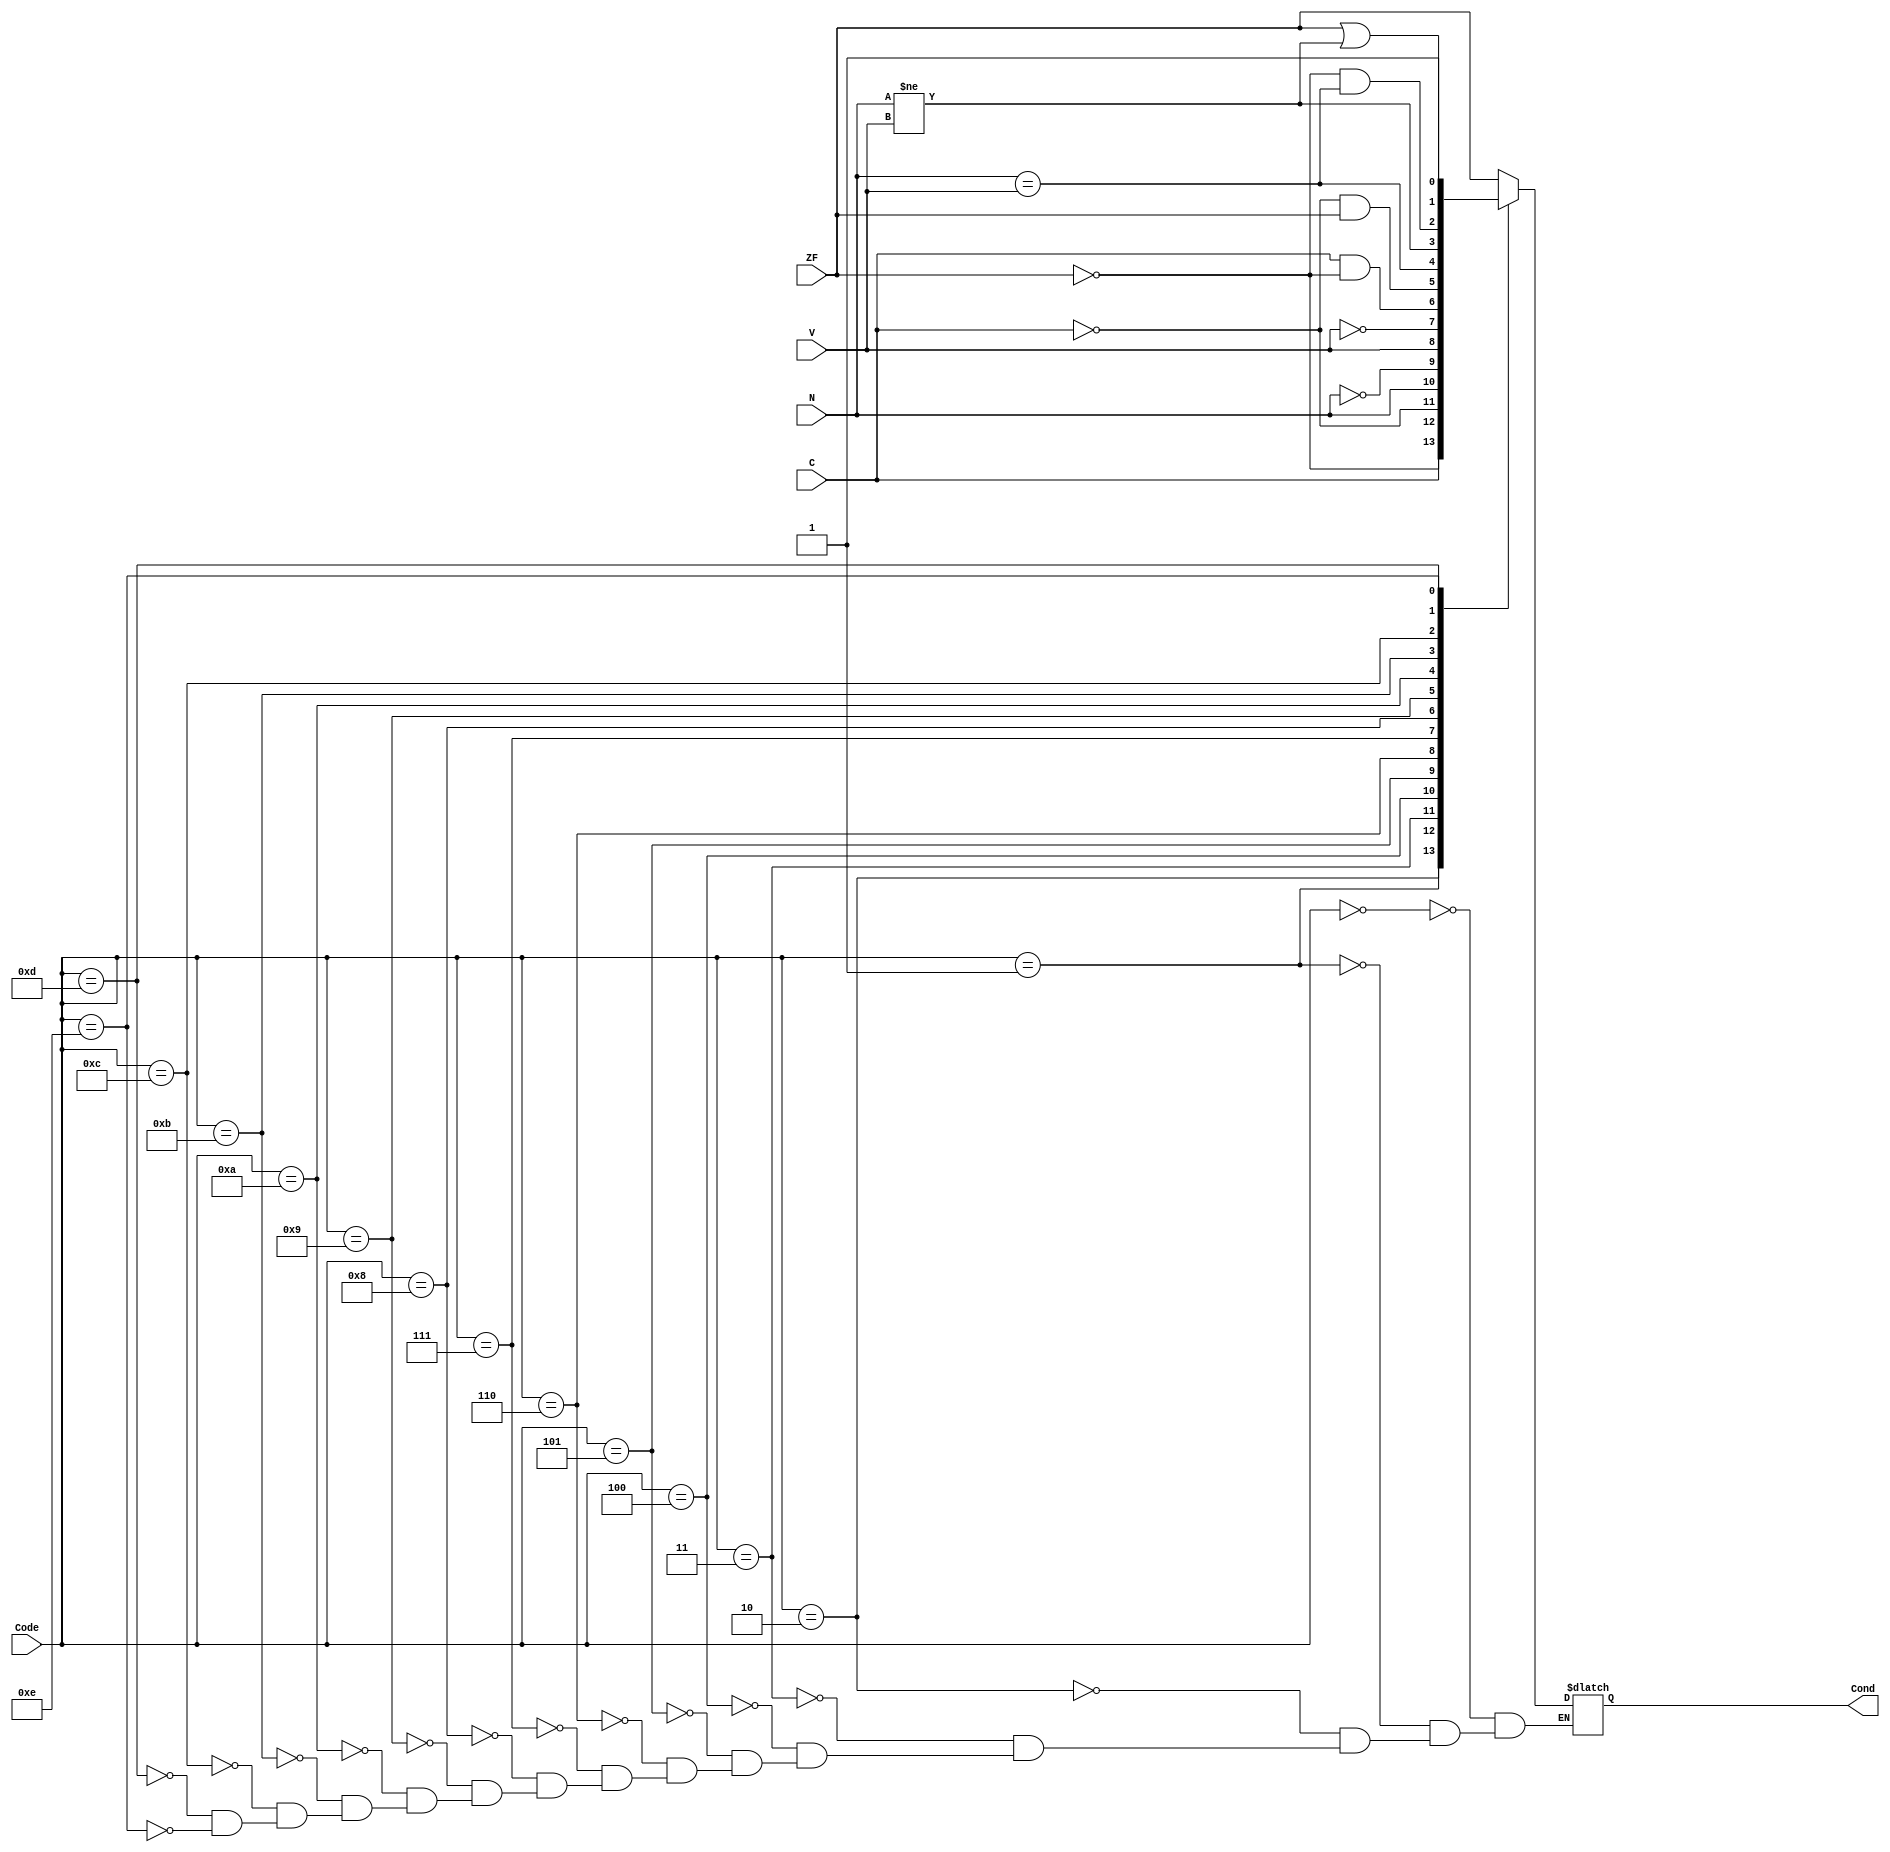
module condition_tester (output reg Cond, input [3:0] Code, input N, ZF, C, V);
    parameter EQ = 4'b0000;
    parameter NE = 4'b0001;
    parameter CS = 4'b0010; // HS
    parameter CC = 4'b0011; // LO
    parameter MI = 4'b0100;
    parameter PL = 4'b0101;
    parameter VS = 4'b0110;
    parameter VC = 4'b0111;
    parameter HI = 4'b1000;
    parameter LS = 4'b1001;
    parameter GE = 4'b1010;
    parameter LT = 4'b1011;
    parameter GT = 4'b1100;
    parameter LE = 4'b1101;
    parameter AL = 4'b1110;

    always@(Code, N, ZF, C, V) begin
        case(Code)
            EQ:
                Cond <= ZF == 1;
            NE:
                Cond <= ZF == 0;
            CS:
                Cond <= C == 1;
            CC:
                Cond <= C == 0;
            MI:
                Cond <= N == 1;
            PL:
                Cond <= N == 0;
            VS:
                Cond <= V == 1;
            VC:
                Cond <= V == 0;
            HI:
                Cond <= (C == 1 && ZF == 0);
            LS:
                Cond <= (C == 0 && ZF == 1);
            GE:
                Cond <= N == V;
            LT:
                Cond <= N != V;
            GT:
                Cond <= (ZF == 0 && N == V);
            LE: // ZF==1 OR N!= V
                Cond <= (ZF == 1 || N != V);
            AL:	// ALWAYS
                Cond <= 1;
        endcase
    end
endmodule